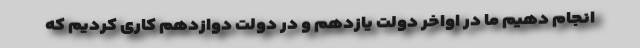
انجام دهیم ما در اواخر دولت یازدهم و در دولت دوازدهم کاری کردیم که